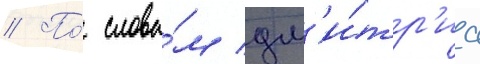
// По́ слова́м дм'и́тр'иа